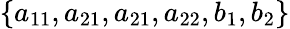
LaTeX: \left\{ {{a_{11}},{a_{21}},{a_{21}},{a_{22}},{b_{1}},{b_{2}}}\right\}